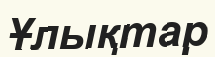
Ұлықтар